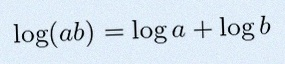
\log(ab)=\log a+\log b